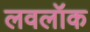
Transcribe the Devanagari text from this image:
लवलॉक